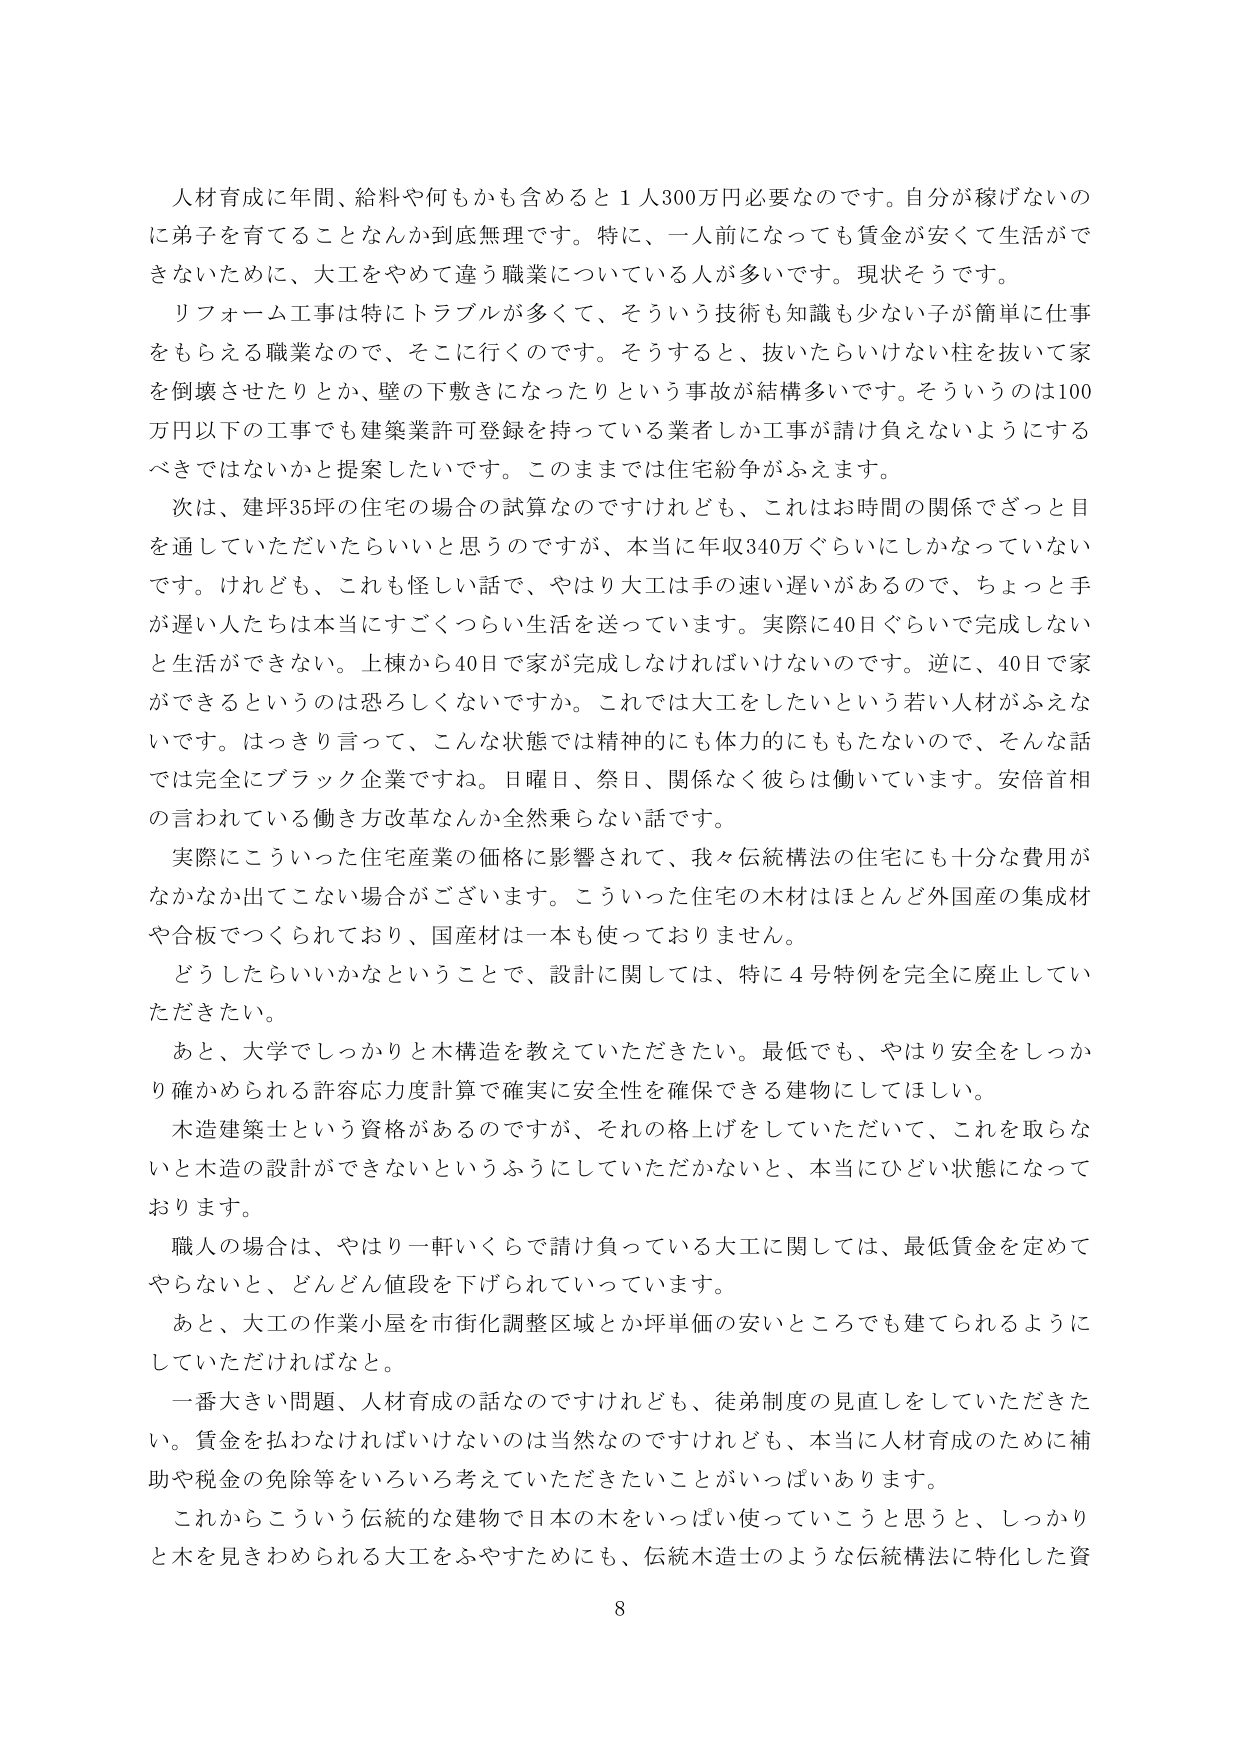
人材育成に年間、給料や何もかも含めると１人300万円必要なのです。自分が稼げないのに弟子を育てることなんか到底無理です。特に、一人前になっても賃金が安くて生活ができないために、大工をやめて違う職業についている人が多いです。現状そうです。

リフォーム工事は特にトラブルが多くて、そういう技術も知識も少ない子が簡単に仕事をもらえる職業なので、そこに行くのです。そうすると、抜いたらいけない柱を抜いて家を倒壊させたりとか、壁の下敷きになったりという事故が結構多いです。そういうのは100万円以下の工事でも建築業許可登録を持っている業者しか工事が請け負えないようにするべきではないかと提案したいです。このままでは住宅紛争がふえます。

次は、建坪35坪の住宅の場合の試算なのですがけれども、これはお時間の関係でさっと目を通していただいたらいいと思うのですが、本当に年収340万ぐらいにしかなっていないです。けれども、これも怪しい話で、やはり大工は手の速い遅いがあるので、ちょっと手が遅い人たちは本当にすごくつらい生活を送っています。実際に40日ぐらいで完成しないと生活ができない。上棟から40日で家が完成しなければいけないのです。逆に、40日で家ができるというのは恐ろしくないですか。これでは大工をしたいという若い人材がふえないですね。はっきり言って、こんな状態では精神的にも体力的にももたないので、そんな話では完全にブラック企業ですね。日曜日、祭日、関係なく彼らは働いています。安倍首相の言われている働き方改革なんか全然乗らない話です。

実際にこういった住宅産業の価格に影響されて、我々伝統構法の住宅にも十分な費用がなかなか出てこない場合がございます。こういった住宅の木材はほとんど外国産の集成材や合板でつくられており、国産材は一本も使っておりません。

どうしたらいいかなということで、設計に関しては、特に4号特例を完全に廃止していただきたい。

あと、大学でしっかりと木構造を教えていただきたい。最低でも、やはり安全をしっかり確かめられる許容応力度計算で確実に安全性を確保できる建物にしてほしい。

木造建築士という資格があるのですが、それの格上げをしていただいて、これを取らないと木造の設計ができないというふうにしていただかないと、本当にひどい状態になっております。

職人の場合は、やはり一軒いくらで請け負っている大工に関しては、最低賃金を定めてやらないと、どんどん値段を下げられていています。

あと、大工の作業小屋を市街化調整区域とか坪単価の安いところでも建てられるようにしていただければなと。

一番大きい問題、人材育成の話なのですがけれども、徒弟制度の見直しをしていただきたい。賃金を払わなければならないのは当然なのですがけれども、本当に人材育成のために補助や税金の免除等をいろいろ考えていただきたいことがいっぱいあります。

これからこういう伝統的な建物で日本の木をいっぱい使っていこうと思うと、しっかりと木を見さわめられる大工をふやすためにも、伝統木造士のような伝統構法に特化した資

8